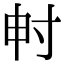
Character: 𡬤